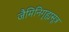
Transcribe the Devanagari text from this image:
जैमिनिगृह्यसूत्र